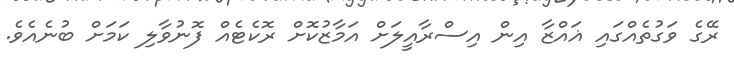
ރޭގެ ވަގުތެއްގައި ޣައްޒާ އިން އިސްރާއީލަށް އަމާޒުކޮށް ރޮކެޓެއް ފޮނުވާލި ކަމަށް ބުނެއެވެ.